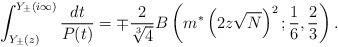
LaTeX: \begin{align*}\int^{Y_{\pm}(i\infty)}_{Y_{\pm}(z)}\frac{dt}{P(t)}=\mp\frac{2}{\sqrt[3]{4}}B\left(m^{*}\left(2z\sqrt{N}\right)^2;\frac{1}{6},\frac{2}{3}\right).\end{align*}